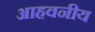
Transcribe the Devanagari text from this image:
आहवनीय